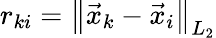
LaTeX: r_{ki}=\left\lVert\vec{x}_{k}-\vec{x}_{i}\right\rVert_{L_{2}}